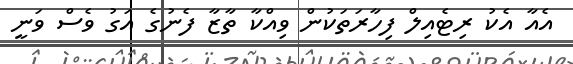
އެއާ އެކު ރިޓެއިލް ފިހާރަތަކުން ވިއްކާ ތާޒާ ފެނުގެ އަގު ވެސް ވަނީ